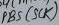
Text: PB5